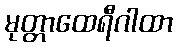
မုတ္တာထေရီဂါထာ